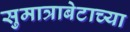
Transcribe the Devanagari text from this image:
सुमात्राबेटाच्या